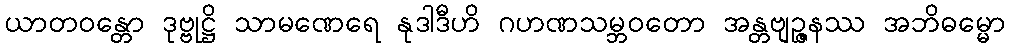
ယာတဝန္တော ဒုဗ္ဗုဋ္ဌိ သာမဏေရေ နုဒါဒီဟိ ဂဟဏသမ္ဘဝတော အန္တဗျဉ္ဇနဿ အဘိဓမ္မော